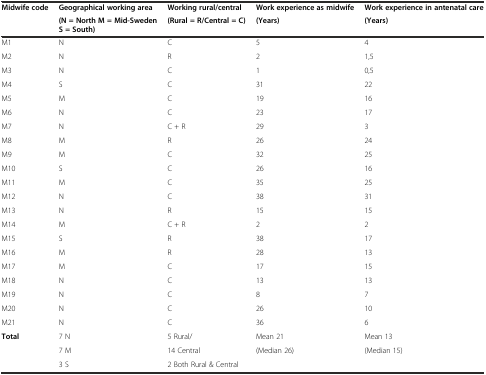
<table><thead><tr><td><b>Midwife code</b></td><td><b>Geographical working area</b></td><td><b>Working rural/central</b></td><td><b>Work experience as midwife</b></td><td><b>Work experience in antenatal care</b></td></tr><tr><td>[EMPTY_CELL]</td><td><b>(N = North M = Mid-Sweden S = South)</b></td><td><b>(Rural = R/Central = C)</b></td><td><b>(Years)</b></td><td><b>(Years)</b></td></tr></thead><tbody><tr><td>M1</td><td>N</td><td>C</td><td>5</td><td>4</td></tr><tr><td>M2</td><td>N</td><td>R</td><td>2</td><td>1,5</td></tr><tr><td>M3</td><td>N</td><td>C</td><td>1</td><td>0,5</td></tr><tr><td>M4</td><td>S</td><td>C</td><td>31</td><td>22</td></tr><tr><td>M5</td><td>M</td><td>C</td><td>19</td><td>16</td></tr><tr><td>M6</td><td>N</td><td>C</td><td>23</td><td>17</td></tr><tr><td>M7</td><td>N</td><td>C + R</td><td>29</td><td>3</td></tr><tr><td>M8</td><td>M</td><td>R</td><td>26</td><td>24</td></tr><tr><td>M9</td><td>M</td><td>C</td><td>32</td><td>25</td></tr><tr><td>M10</td><td>S</td><td>C</td><td>26</td><td>16</td></tr><tr><td>M11</td><td>M</td><td>C</td><td>35</td><td>25</td></tr><tr><td>M12</td><td>N</td><td>C</td><td>38</td><td>31</td></tr><tr><td>M13</td><td>N</td><td>R</td><td>15</td><td>15</td></tr><tr><td>M14</td><td>M</td><td>C + R</td><td>2</td><td>2</td></tr><tr><td>M15</td><td>S</td><td>R</td><td>38</td><td>17</td></tr><tr><td>M16</td><td>M</td><td>R</td><td>28</td><td>13</td></tr><tr><td>M17</td><td>M</td><td>C</td><td>17</td><td>15</td></tr><tr><td>M18</td><td>N</td><td>C</td><td>13</td><td>13</td></tr><tr><td>M19</td><td>N</td><td>C</td><td>8</td><td>7</td></tr><tr><td>M20</td><td>N</td><td>C</td><td>26</td><td>10</td></tr><tr><td>M21</td><td>N</td><td>C</td><td>36</td><td>6</td></tr><tr><td><b>Total</b></td><td>7 N</td><td>5 Rural/</td><td>Mean 21</td><td>Mean 13</td></tr><tr><td>[EMPTY_CELL]</td><td>7 M</td><td>14 Central</td><td>(Median 26)</td><td>(Median 15)</td></tr><tr><td>[EMPTY_CELL]</td><td>3 S</td><td>2 Both Rural &amp; Central</td><td>[EMPTY_CELL]</td><td>[EMPTY_CELL]</td></tr></tbody></table>